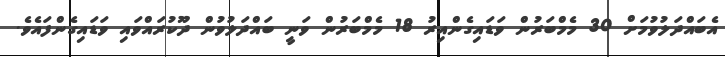
އެބައްދަލުވުމަށް 30 މެމްބަރުން ވަޑައިގެންއިރު 18 މެމްބަރުން ވަނީ ބައްދަލުވުން ދޫކުރައްވައި ވަޑައިގެންފައެވެ.